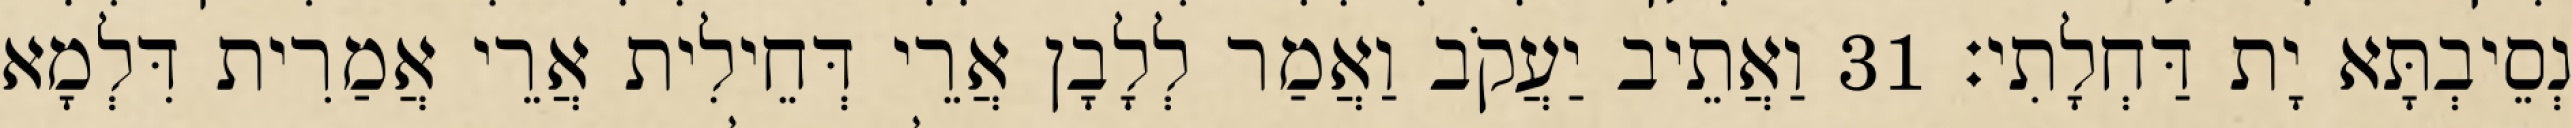
נְסֵיבְתָּא יָת דַּחְלָתִי׃ 31 וַאֲתֵיב יַעֲקֹב וַאֲמַר לְלָבָן אֲרֵי דְּחֵילִית אֲרֵי אֲמַרִית דִּלְמָא